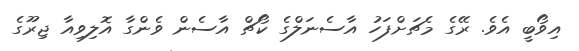
އިވޯބީ އެވެ. ރޭގެ މެޗަށްފަހު އާސެނަލްގެ ކޯޗް އާސެން ވެންގާ އޮލިވިއާ ޖިރޫގެ